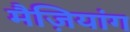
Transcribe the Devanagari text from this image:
मैज़ियांग